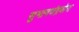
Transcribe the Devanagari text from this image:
सुभाषचंद्रबोस